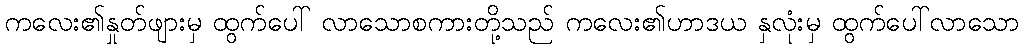
ကလေး၏နှုတ်ဖျားမှ ထွက်ပေါ် လာသောစကားတို့သည် ကလေး၏ဟာဒယ နှလုံးမှ ထွက်ပေါ်လာသော